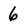
Character: 6